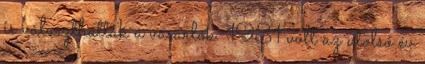
is választhattak a vásárlók. 1981 volt az utolsó év